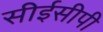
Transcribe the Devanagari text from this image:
सीईसीपी